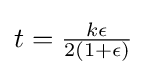
{\textstyle t={\frac {k\epsilon }{2(1+\epsilon )}}}